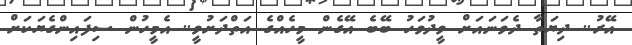
އޭރު.. ދިޔަތާ ދެވަނައަށް ވީދުވަހު ބޭބެ އޭގެން މީހެއްގެ އަތްދަށުވީ.. އެމީހުން ސިފައިންގެޔަކަށް